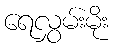
ရေလွှမ်းမိုး